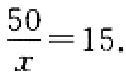
$\frac{50}{x}=15.$